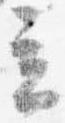
立